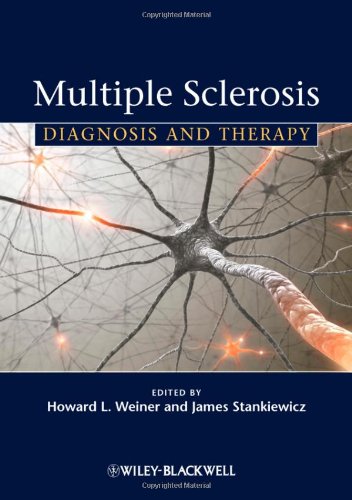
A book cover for Multiple Sclerosis: Diagnosis and Therapy; Health, Fitness & Dieting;